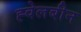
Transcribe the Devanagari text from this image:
ह्वेलबीन